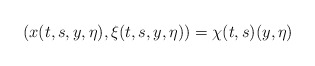
\begin{align*}(x(t,s,y,\eta),\xi(t,s,y,\eta))=\chi(t,s)(y,\eta)\end{align*}